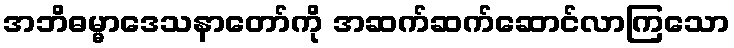
အဘိဓမ္မာဒေသနာတော်ကို အဆက်ဆက်ဆောင်လာကြသော